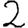
Digit: 2